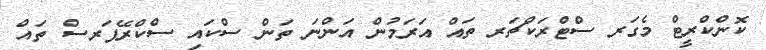
ކޮންކްރީޓް މެގަރ ސްޓްރަކްޗަރ ތައް އަރަމުން އަންނަ ތަން ސްކައި ސްކްރޭޕަރސް ތައް